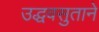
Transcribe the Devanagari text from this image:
उद्धवसुताने